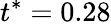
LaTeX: t^{*}=0.28